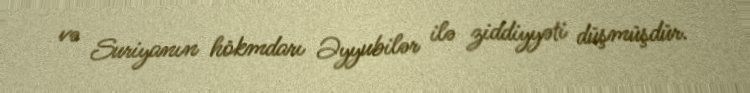
və Suriyanın hökmdarı Əyyubilər ilə ziddiyyəti düşmüşdür.